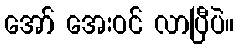
အော် အေးဝင် လာပြီပဲ။